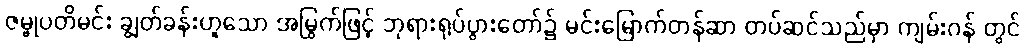
ဇမ္ဗုပတိမင်း ချွတ်ခန်းဟူသော အမြွက်ဖြင့် ဘုရားရုပ်ပွားတော်၌ မင်းမြောက်တန်ဆာ တပ်ဆင်သည်မှာ ကျမ်းဂန် တွင်